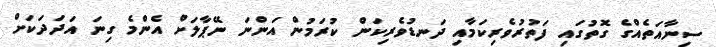
ސިނާއަތެއްގެ ގޮތުގައި ފަތުރުވެރިކަމާއި ދަނޑުވެރިކަން ކުރަމުން އަންނަ ނޭޕާލަށް އެންމެ ގިނަ އަދަދަކަށް